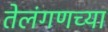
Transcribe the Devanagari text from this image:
तेलंगणच्या